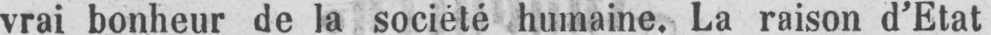
vrai bonheur de la société humaine. La raison d’Etat